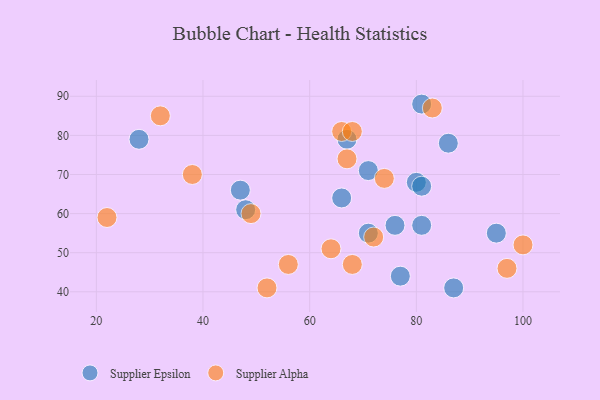
{"axis": {"x": "GDP", "y": "Life Expectancy"}, "legend": ["Supplier Alpha", "Supplier Epsilon"], "data": [{"x": "48", "y": 61, "type": "Supplier Epsilon"}, {"x": "28", "y": 79, "type": "Supplier Epsilon"}, {"x": "67", "y": 79, "type": "Supplier Epsilon"}, {"x": "71", "y": 71, "type": "Supplier Epsilon"}, {"x": "66", "y": 64, "type": "Supplier Epsilon"}, {"x": "81", "y": 88, "type": "Supplier Epsilon"}, {"x": "95", "y": 55, "type": "Supplier Epsilon"}, {"x": "80", "y": 68, "type": "Supplier Epsilon"}, {"x": "86", "y": 78, "type": "Supplier Epsilon"}, {"x": "71", "y": 55, "type": "Supplier Epsilon"}, {"x": "81", "y": 67, "type": "Supplier Epsilon"}, {"x": "76", "y": 57, "type": "Supplier Epsilon"}, {"x": "87", "y": 41, "type": "Supplier Epsilon"}, {"x": "77", "y": 44, "type": "Supplier Epsilon"}, {"x": "81", "y": 57, "type": "Supplier Epsilon"}, {"x": "47", "y": 66, "type": "Supplier Epsilon"}, {"x": "66", "y": 81, "type": "Supplier Alpha"}, {"x": "56", "y": 47, "type": "Supplier Alpha"}, {"x": "38", "y": 70, "type": "Supplier Alpha"}, {"x": "52", "y": 41, "type": "Supplier Alpha"}, {"x": "74", "y": 69, "type": "Supplier Alpha"}, {"x": "22", "y": 59, "type": "Supplier Alpha"}, {"x": "100", "y": 52, "type": "Supplier Alpha"}, {"x": "72", "y": 54, "type": "Supplier Alpha"}, {"x": "97", "y": 46, "type": "Supplier Alpha"}, {"x": "32", "y": 85, "type": "Supplier Alpha"}, {"x": "83", "y": 87, "type": "Supplier Alpha"}, {"x": "68", "y": 81, "type": "Supplier Alpha"}, {"x": "49", "y": 60, "type": "Supplier Alpha"}, {"x": "68", "y": 47, "type": "Supplier Alpha"}, {"x": "64", "y": 51, "type": "Supplier Alpha"}, {"x": "67", "y": 74, "type": "Supplier Alpha"}]}